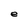
Character: e